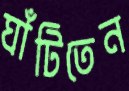
ঘাঁটিতেন